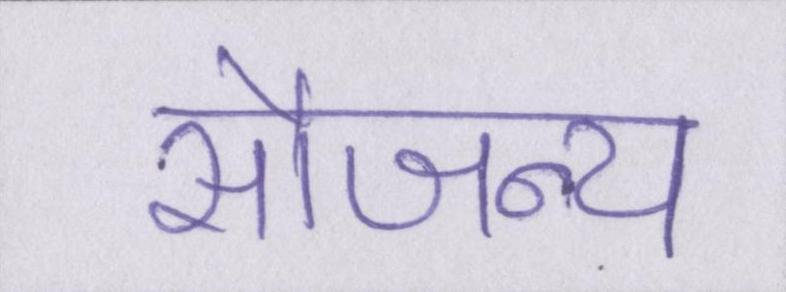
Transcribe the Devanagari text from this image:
सौजन्य